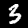
Digit: 3